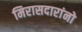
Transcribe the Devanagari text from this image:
मिरासदारांनो